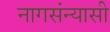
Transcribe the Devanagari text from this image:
नागसंन्यासी